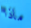
ماذا